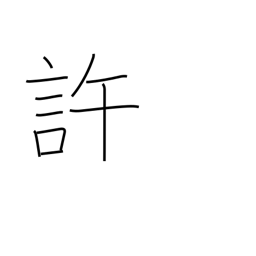
Meaning: approve